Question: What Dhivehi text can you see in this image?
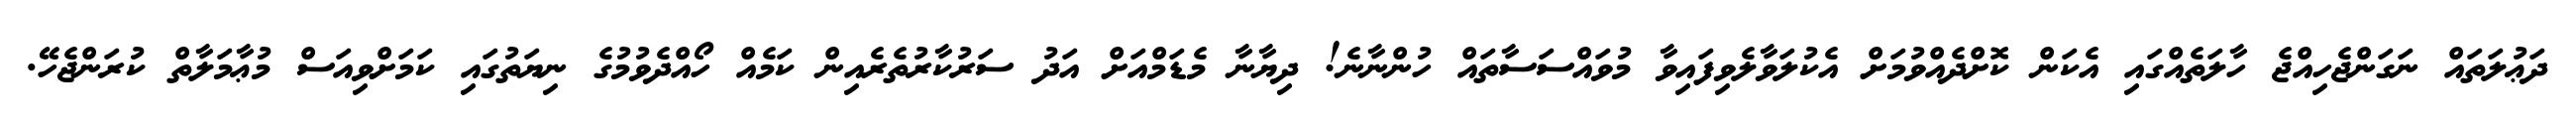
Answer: ދަޢުލަތައް ނަގަންޖެހިއްޖެ ހާލަތެއްގައި އެކަން ކޮށްދެއްވުމަށް އެކުލަވާލެވިފައިވާ މުވައްސަސާތައް ހުންނާނެ! ދިޔާނާ މެޑަމްއަށް އަދު ސަރުކާރުތެރެއިން ކަމެއް ހޯއްދެވުމުގެ ނިޔަތުގައި ކަމަށްވިއަސް މުޢާމަލާތް ކުރަންޖެހޭ.